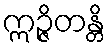
ဣဉ္ဇိတန္တိ